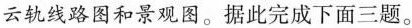
云轨线路图和景观图。据此完成下面三题。